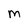
Character: M